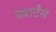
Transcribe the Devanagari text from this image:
स्पार्टंस